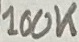
Text: 100K